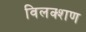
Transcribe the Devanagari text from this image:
विलक्शण